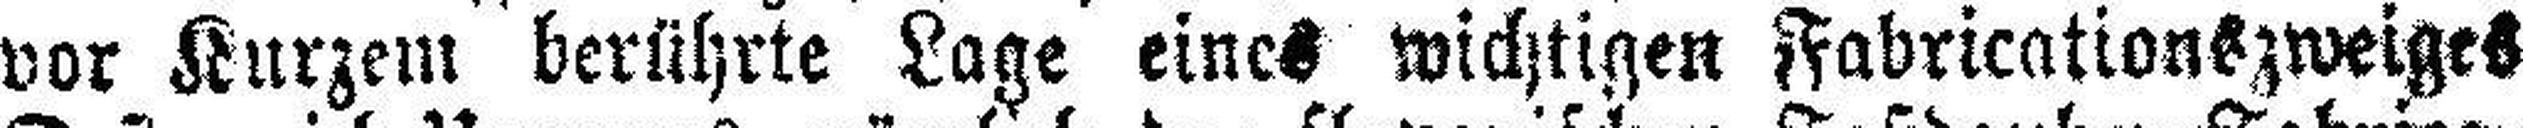
vor Kurzem berührte Lage eines wichtigen Fabricationszweiges